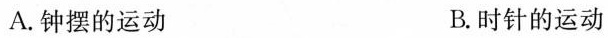
A.钟摆的运动 B.时针的运动